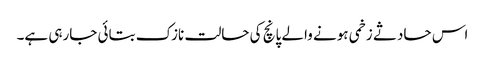
اس حادثے زخمی ہونے والے پانچ کی حالت نازک بتائی جارہی ہے۔